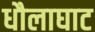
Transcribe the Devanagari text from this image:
धौलाघाट